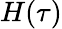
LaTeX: H(\tau)